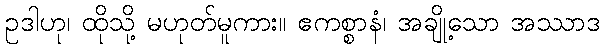
ဥဒါဟု၊ ထိုသို့ မဟုတ်မူကား။ ဧကစ္စာနံ၊ အချို့သော အဿာဒ